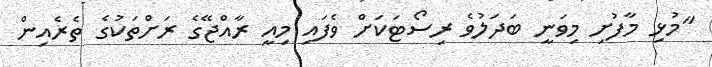
"މުޅި މާފުށި މިވަނީ ބަދަލުވެ ރިސޯޓަކަށް ވެފައި މިއީ ރާއްޖޭގެ ރަށްތަކުގެ ތެރެއިން